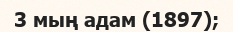
3 мың адам (1897);